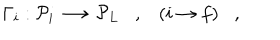
LaTeX: \Gamma _ { i } : { \cal P } _ { i } \longrightarrow { \cal P } _ { L } , ( i \rightarrow f ) ,